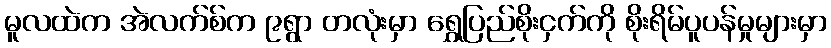
မူလထဲက အဲလက်စ်က ၉ရွာ တလုံးမှာ ရွှေပြည်စိုးငှက်ကို စိုးရိမ်ပူပန်မှုများမှာ